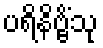
ပရိနိဗ္ဗိံသု